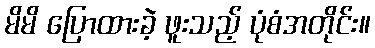
မိမိ ပြောထားခဲ့ ဖူးသည့် ပုံစံအတိုင်း။